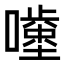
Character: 𡂥